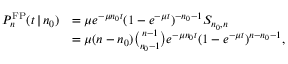
\begin{array} { r l } { P _ { n } ^ { \mathrm { F P } } ( t \, | \, n _ { 0 } ) } & { = \mu e ^ { - \mu n _ { 0 } t } ( 1 - e ^ { - \mu t } ) ^ { - n _ { 0 } - 1 } S _ { n _ { 0 } , n } } \\ & { = \mu ( n - n _ { 0 } ) { \binom { n - 1 } { n _ { 0 } - 1 } } e ^ { - \mu n _ { 0 } t } ( 1 - e ^ { - \mu t } ) ^ { n - n _ { 0 } - 1 } , } \end{array}